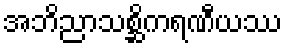
အဘိညာသစ္ဆိကရဏီယဿ